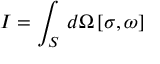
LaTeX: I = \int _ { S } \, d \Omega \, [ \sigma , \omega ]